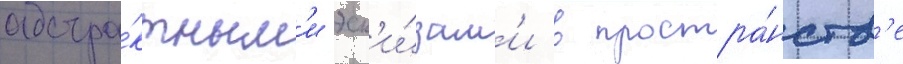
абстра́ктным'и эск'и́зам'и в простра́нств'е